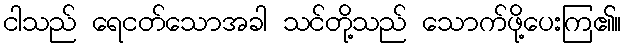
ငါသည် ရေငတ်သောအခါ သင်တို့သည် သောက်ဖို့ပေးကြ၏။